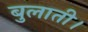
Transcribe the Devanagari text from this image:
बुलाती।